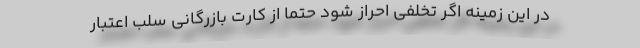
در این زمینه اگر تخلفی احراز شود حتماً از کارت بازرگانی سلب اعتبار